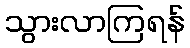
သွားလာကြရန်